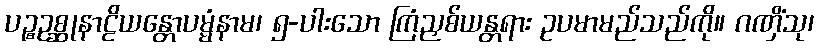
ပဉ္စဥစ္ဆုနာဠိယန္တောပမ္မံနာမ၊ ၅-ပါးသော ကြံညှစ်ယန္တရား ဥပမာမည်သည်ကို။ ဂဏှိံသု၊